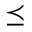
\preceq